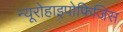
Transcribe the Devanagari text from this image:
न्यूरोहाइपोफिजिस